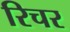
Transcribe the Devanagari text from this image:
रिचर